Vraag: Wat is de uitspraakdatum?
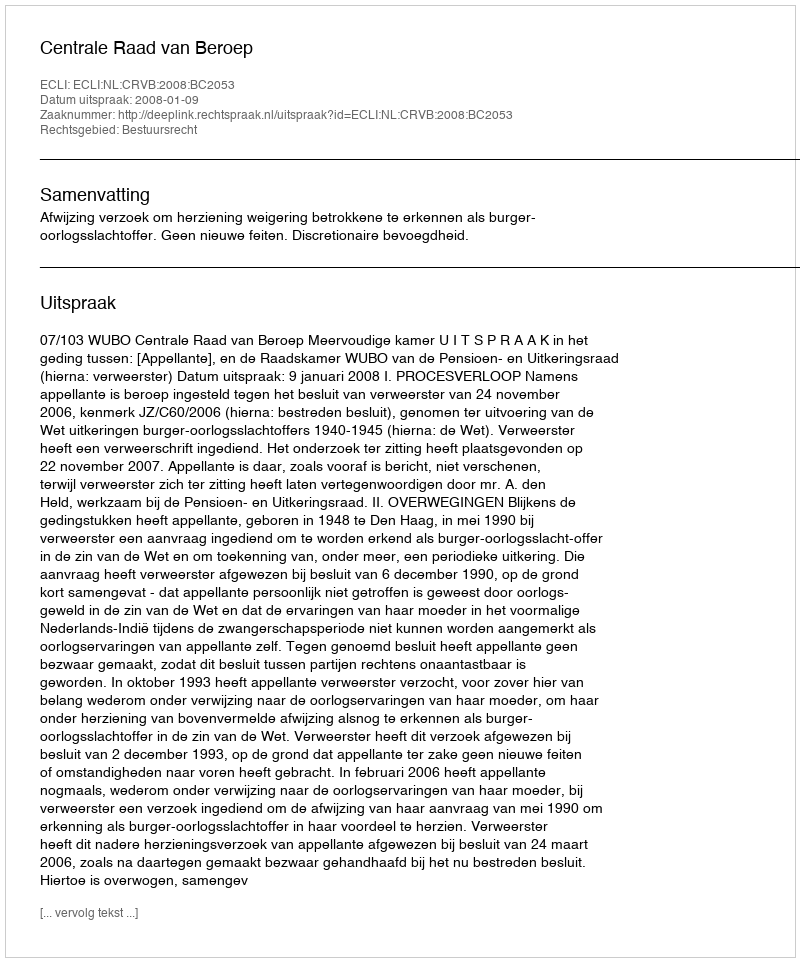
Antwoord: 2008-01-09